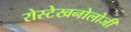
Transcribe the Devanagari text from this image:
रोस्टेखनोलोजी